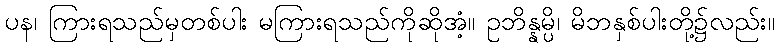
ပန၊ ကြားရသည်မှတစ်ပါး မကြားရသည်ကိုဆိုအံ့။ ဥဘိန္နမ္ပိ၊ မိဘနှစ်ပါးတို့၌လည်း။